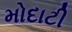
મોદાટી